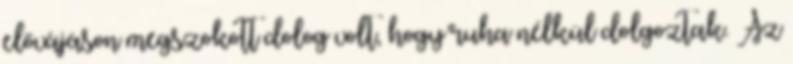
elővájáson megszokott dolog volt, hogy ruha nélkül dolgoztak. Az